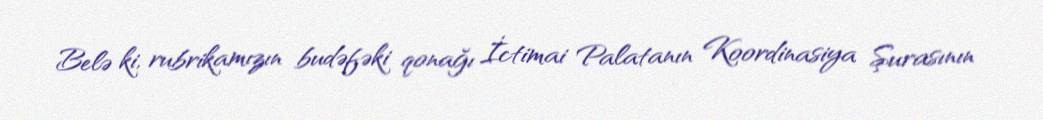
Belə ki, rubrikamızın budəfəki qonağı İctimai Palatanın Koordinasiya Şurasının